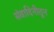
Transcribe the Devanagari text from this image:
संवादिनीतून